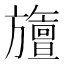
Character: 旜